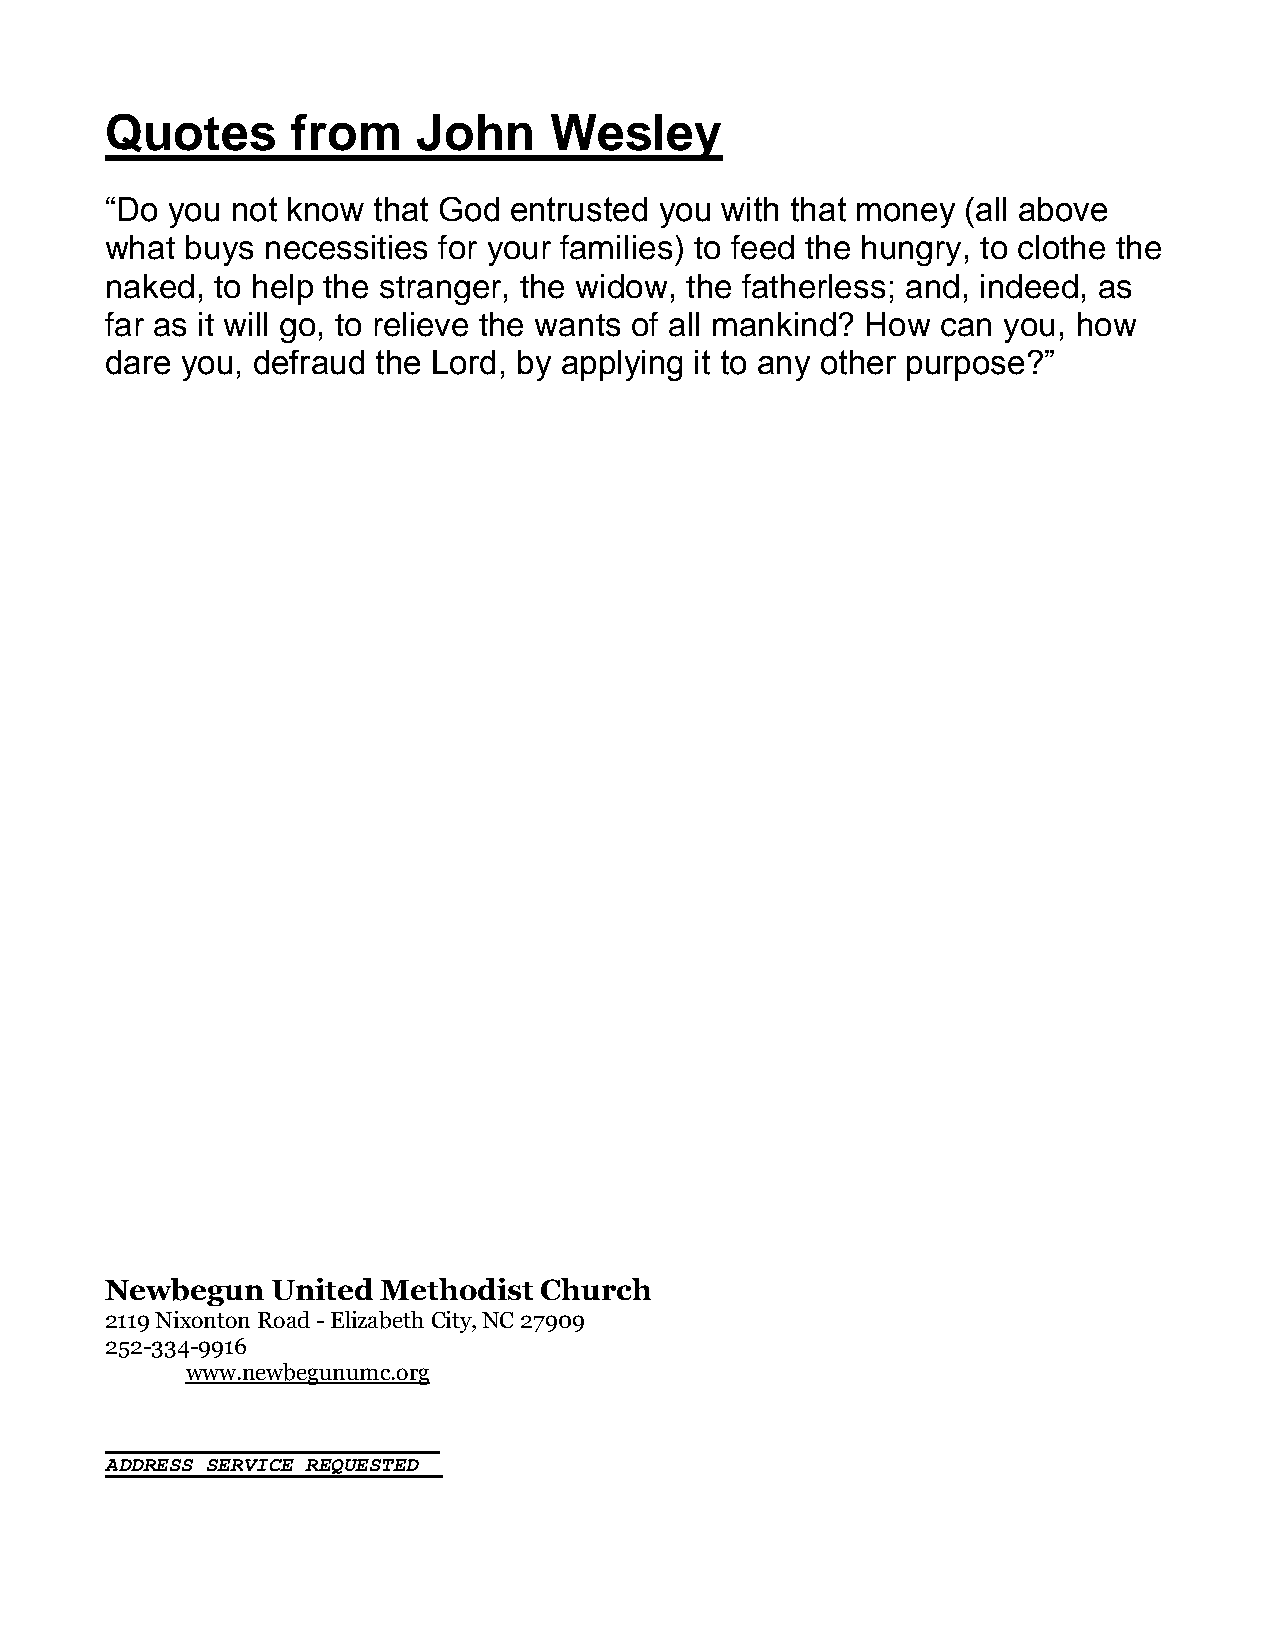
Quotes      from     John    Wesley
 “Do you not know  that God entrusted you with that money (all above
 what buys necessities for your families) to feed the hungry, to clothe the
 naked, to help the stranger, the widow, the fatherless; and, indeed, as
 far as it will go, to relieve the wants of all mankind? How can you, how
 dare you, defraud the Lord, by applying it to any other purpose?”
 Newbegun   United Methodist  Church
 2119 Nixonton Road - Elizabeth City, NC 27909
 252-334-9916
 www.newbegunumc.org
 ADDRESS SERVICE REQUESTED__